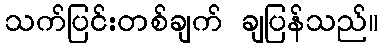
သက်ပြင်းတစ်ချက် ချပြန်သည်။